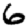
Digit: 6